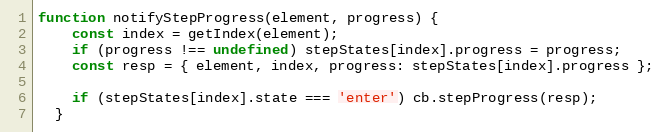
Language: JavaScript
function notifyStepProgress(element, progress) {
    const index = getIndex(element);
    if (progress !== undefined) stepStates[index].progress = progress;
    const resp = { element, index, progress: stepStates[index].progress };

    if (stepStates[index].state === 'enter') cb.stepProgress(resp);
  }